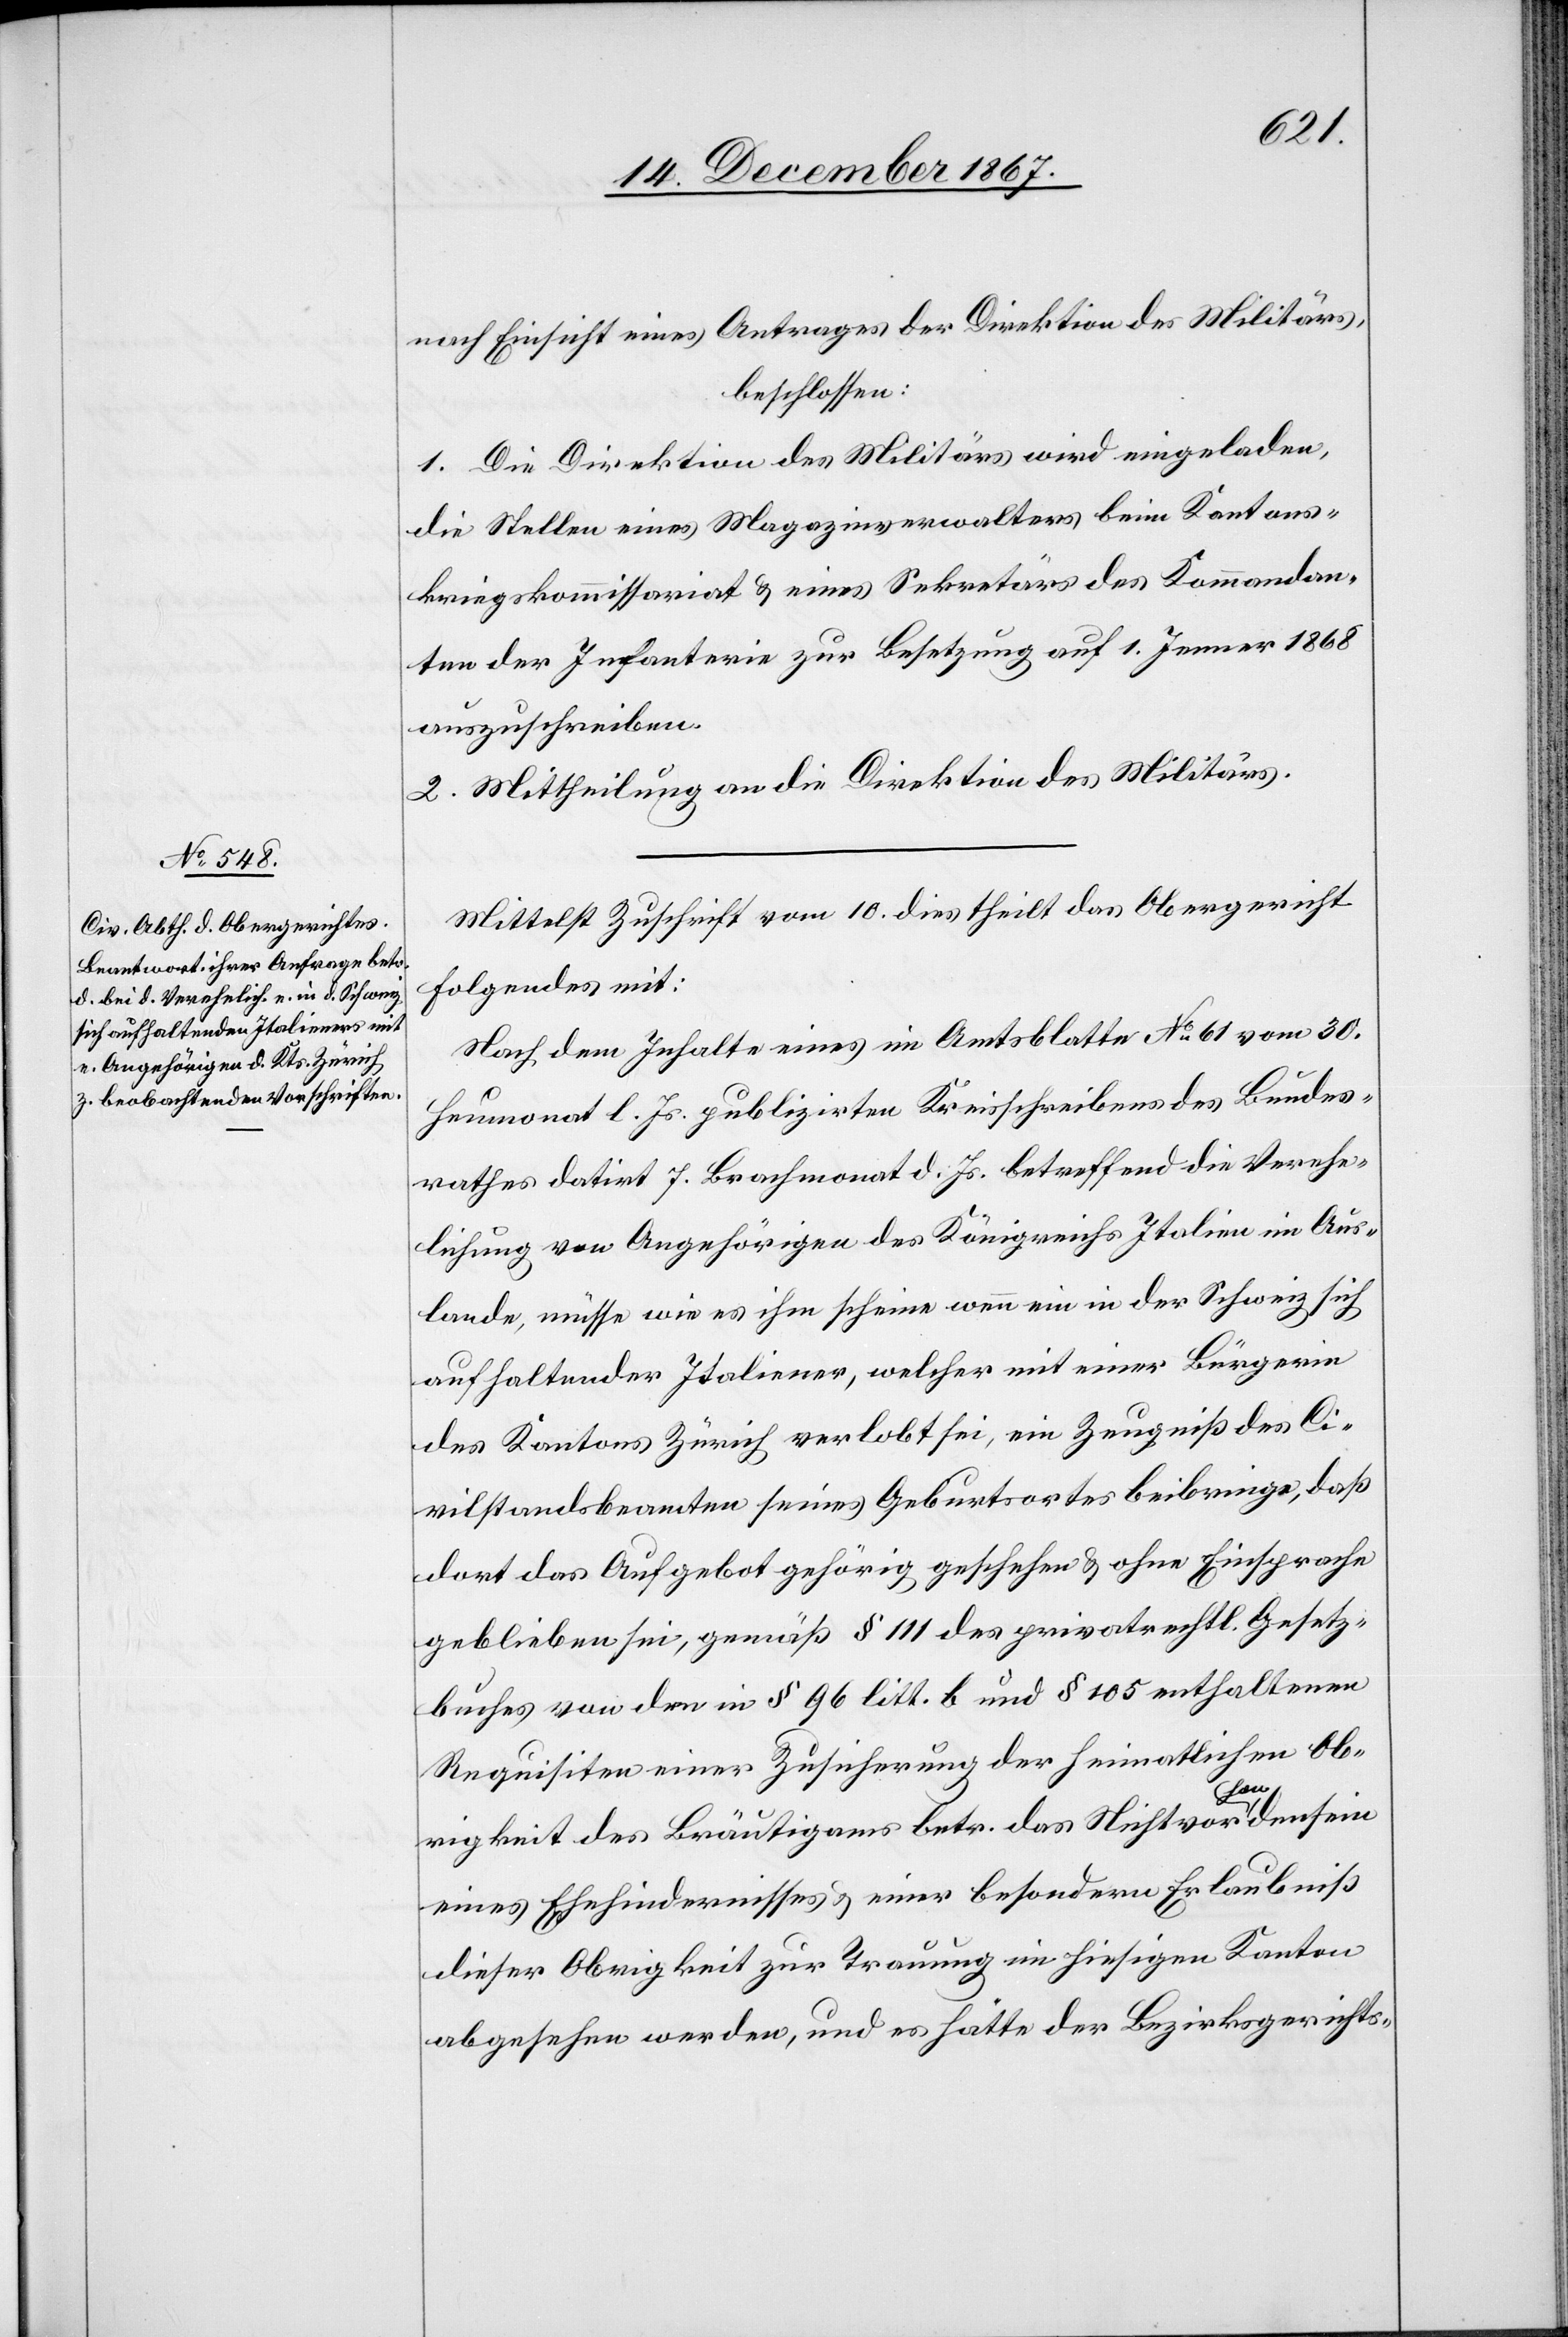
19. December 1867.]
nach Einsicht eines Antrages der Direktion des Militärs,
beschlossen:
1. Die Direktion des Militärs wird eingeladen,
die Stellen eines Magazinverwalters beim Kantons¬
kriegskommissariat u. eines Sekretärs des Kommandan¬
ten der Infanterie zur Besetzung auf 1. Jenner 1868
auszuschreiben.
2. Mittheilung an die Direktion des Militärs.
Mittelst Zuschrift vom 10. dies theilt das Obergericht
folgendes mit:
Nach dem Inhalte eines im Amtsblatte No 61 vom 30.
Heumonat l. Js. publizirten Kreisschreibens des Bundes¬
rathes datirt 7. Brachmonat d. Js. betreffend die Verehe¬
lichung von Angehörigen des Königreichs Italien im Aus¬
lande, müsse es ihm scheinen wenn ein in der Schweiz sich
aufhaltender Italiener, welcher mit einer Bürgerin
des Kantons Zürich verlobt sei, ein Zeugniß des Ci¬
vilstandsbeamten seines Geburtsortes beibringe, daß
dort das Aufgebot gehörig geschehen u. ohne Einsprache
geblieben sei, gemäß § 111 des privatrechtl. Gesetz¬
buches von dem in § 96 litt. b und § 105 enthaltenen
Requisiten einer Zusicherung betr. das Nichtvo¬
ensein
eines Ehehindernisses u. einer besondern Erlaubniß
dieser Obrigkeit zur Trauung im hiesigen Kanton
abgesehen werden, und es hätte der Bezirksgerichts-